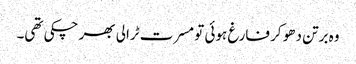
وہ برتن دھو کر فارغ ہوئی تو مسرت ٹرالی بھر چکی تھی۔